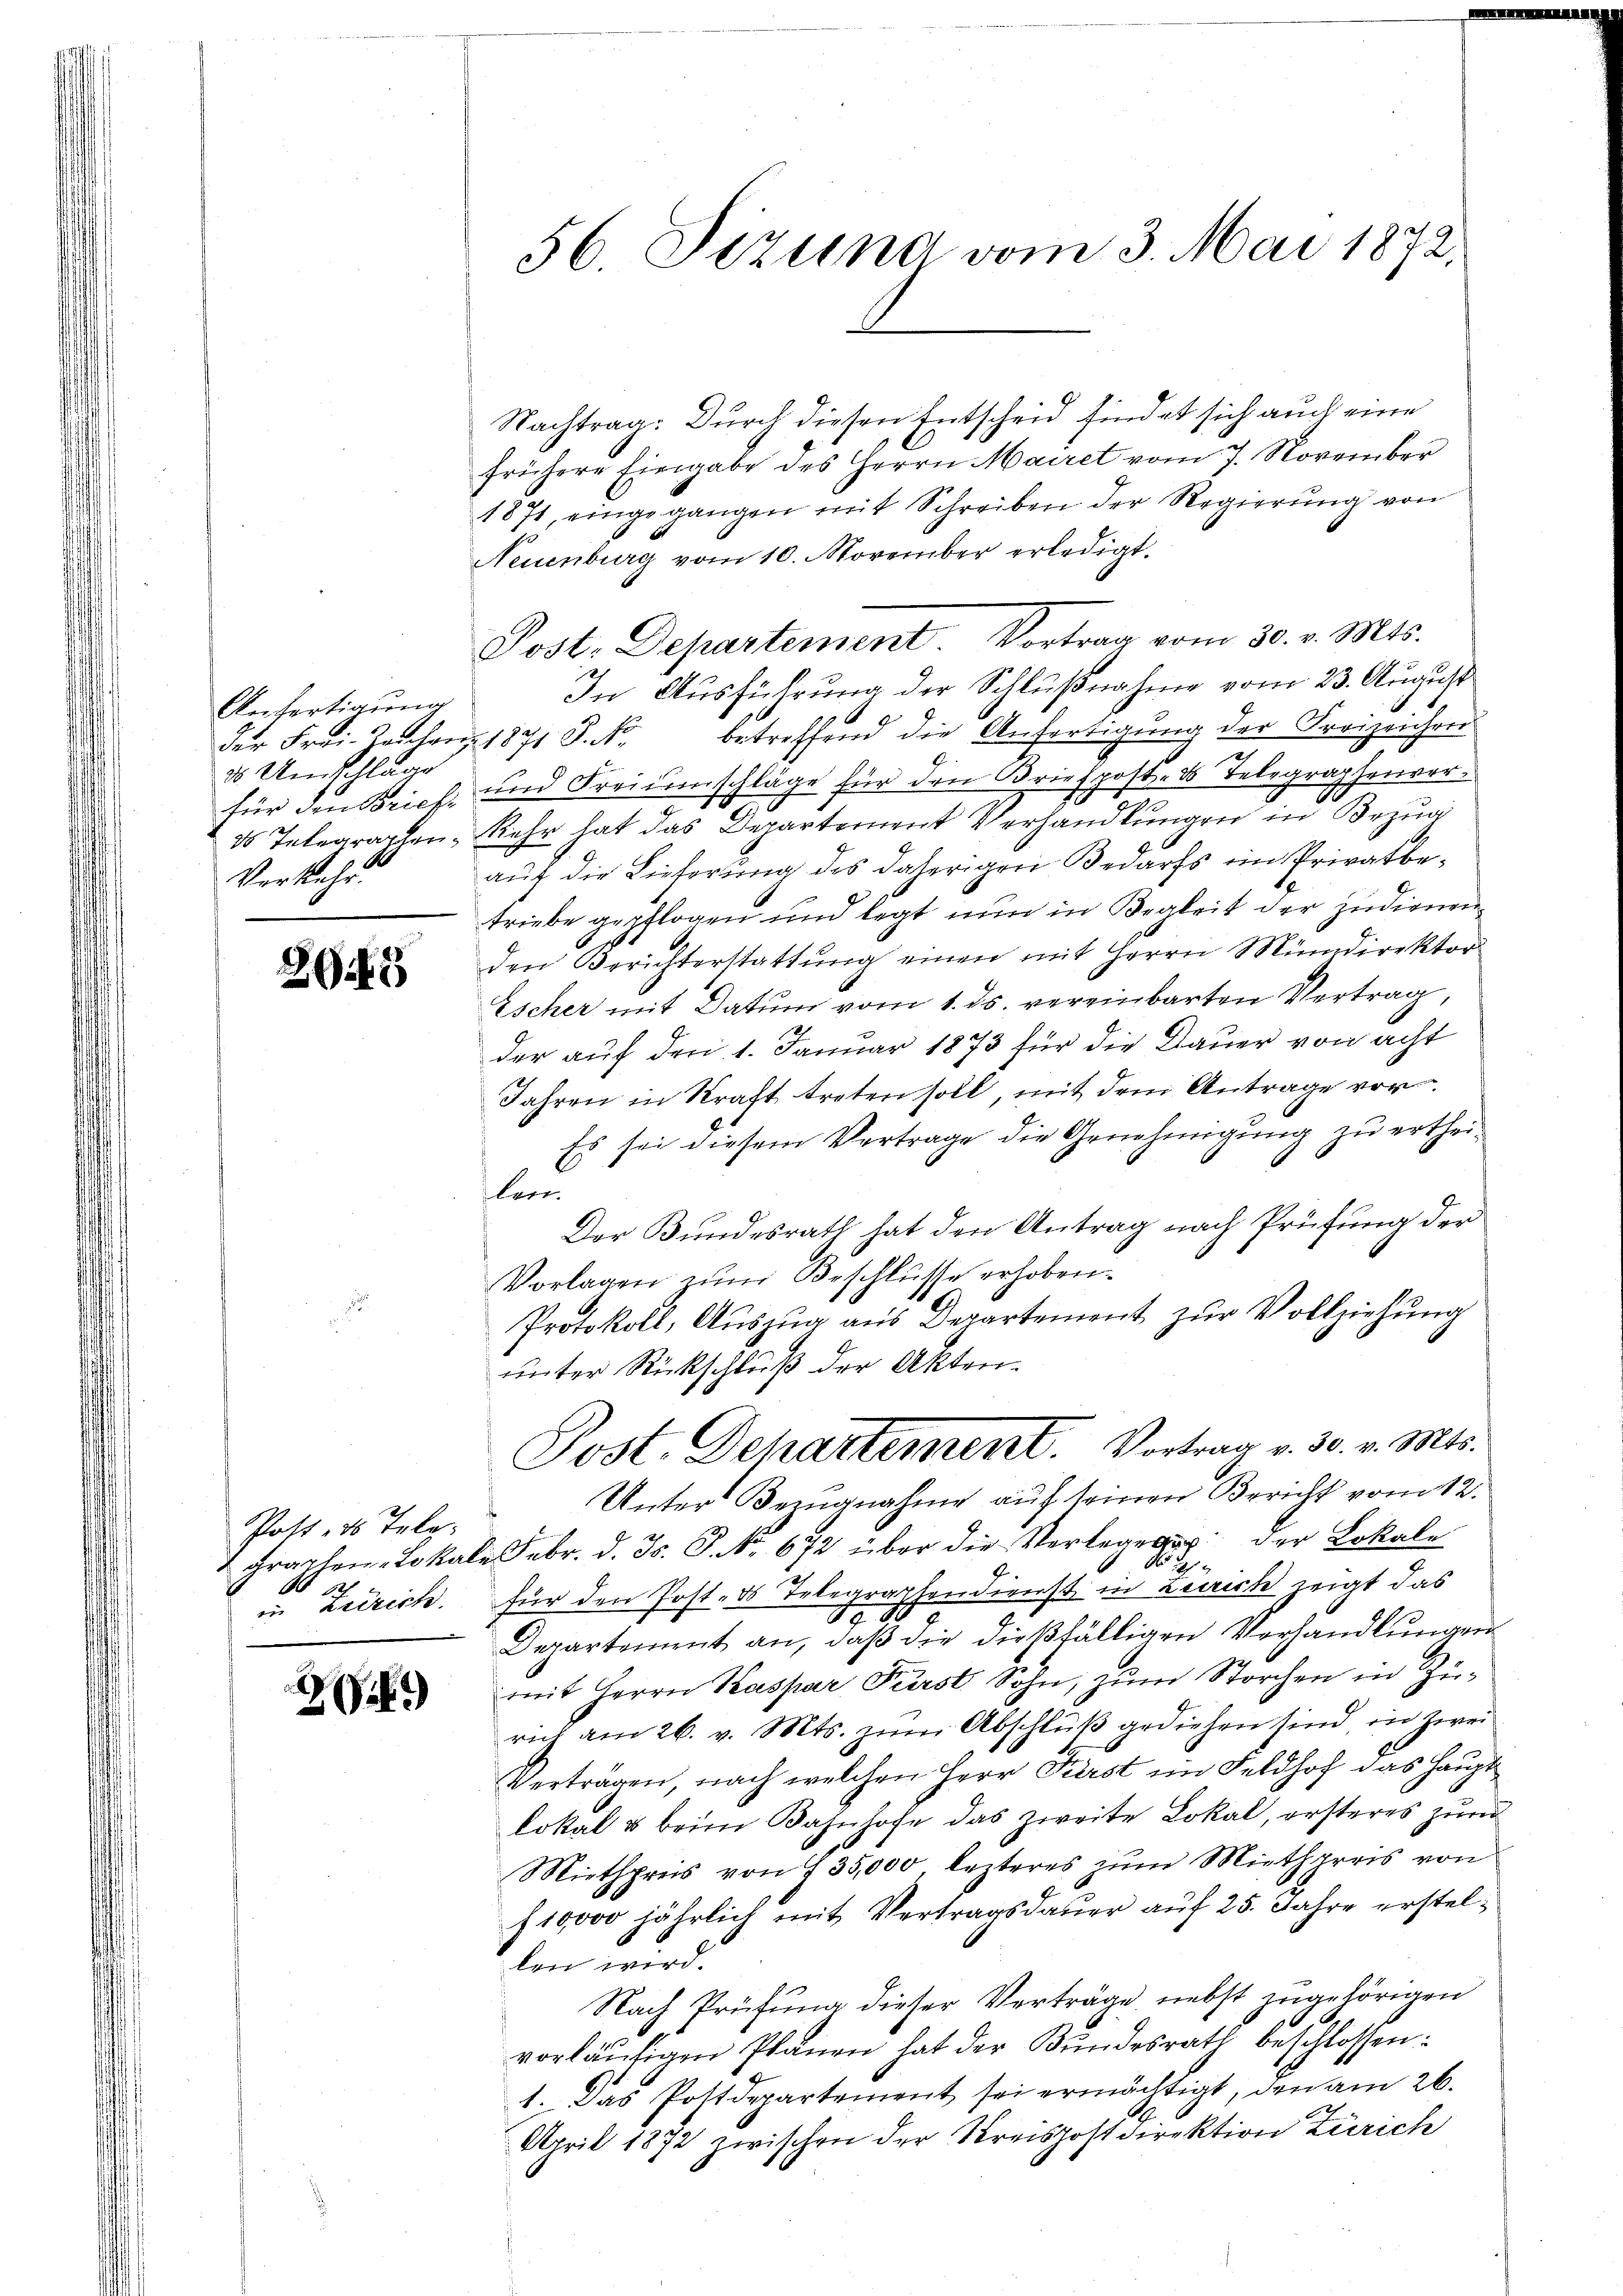
Anfertigung
d Umschlage
Verkehr.

8945

Post, ds Tele-
.
1

2

Nachtrag: Durch diesen Entscheid findet sich auch eine
frühere Eingabe des Herrn Mairet vom 7. November
1871, eingegangen mit Schreiben der Regierŭng von
Neuenburg vom 10. November erledigt.
In Ausführung der Schlußnahme vom 23. August
der Frei-Kanton 1871 S. Nr. betreffend die Anfertigung der Freizeichrei
für den Brief und Freiumschläge für den Briefpost- & Telegraphenvor¬
8 Telegraphen Kehr hat das Departement Verhandlungen in Bezug
auf die Lieferung des daherigen Bedarfs im Privatbetriebe gepflogen und legt nun in Begleit der zudienen
den Berichterstattung einen mit Herrn Mundirektor
Escher mit Datum vom 1. ds. vereinbarten Vertrag
der auf den 1. Januar 1873 für die Dauer von acht
Jahren in Kraft treten soll, mit dem Antrage vor¬
Es sei diesem Vertrage die Genehmigŭng zŭ erthei-
len.
Der Bundesrath hat den Antrag nach Prüfung der
Vorlagen zŭm Beschlüsse erhoben.
Protokoll, Aŭszŭg aŭs Departement zŭr Vollziehung
unter Rückschluß der Akten.
Post. Dehartement. Vortrag v. 30. v. Mts.
Unter Bezugnahme auf seinen Bericht vom 12.
2 grathen Lokale Febr. d. Js. P. Nr. 672 über die Verlegen der Lokale
N
in Leerich. für den Post- Telegraphendienst in Leich zeigt das
S 1
Departement an, daβ die dießfälligen Verhandlungen
mit Herrn Kaspar Fürst Sohn, zum Storchen in Zurich am 26. v. Mts. zŭm Abschluß gediehen sind, in zwei
Verträgen, nach welchen Herr Fürst im Feldhof das Haupt
lokal & beim Bahnhofe das zweite Lokal, ersteres zum
Miethpreis von § 35,000, lezteres zum Miethpreis von
f 10000 jährlich mit Vertragsdauer auf 25. Jahre erstellen wird.
Nach Prüfung dieser Verträge nebst zugehörigen
vorläŭfigen Plänen hat der Bundesrath beschlossen:
1. Das Postdepartement sei ermächtigt, den am 26.
April 1872 zwischen der Kreispostdirektion Zürich

56 Sizung vom 3. Mai 1872.

Post. Departement Vortrag vom 30. v. Mts.